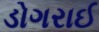
ડોગરાઈ